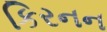
કિરનન